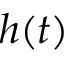
h ( t )